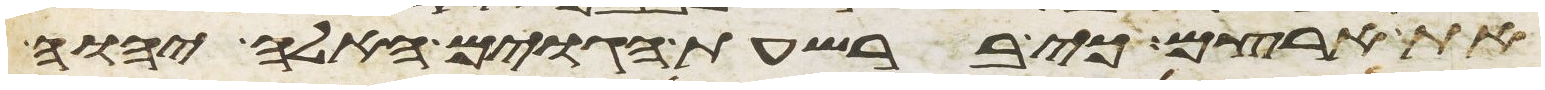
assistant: את ארצם כי ברשעת הגוים האלה יהוה